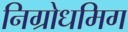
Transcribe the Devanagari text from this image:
निग्रोधमिग